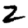
Digit: 2